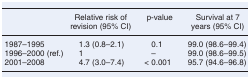
<table><thead><tr><td></td><td><b>Relative risk of revision (95% CI)</b></td><td><b>p-value</b></td><td><b>Survival at 7 years (95% CI)</b></td></tr></thead><tbody><tr><td>1987–1995</td><td>1.3 (0.8–2.1)</td><td>0.1</td><td>99.0 (98.6–99.4)</td></tr><tr><td>1996–2000 (ref.)</td><td>1</td><td>–</td><td>99.0 (98.6–99.5)</td></tr><tr><td>2001–2008</td><td>4.7 (3.0–7.4)</td><td>&lt; 0.001</td><td>95.7 (94.6–96.8)</td></tr></tbody></table>